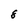
Character: 8